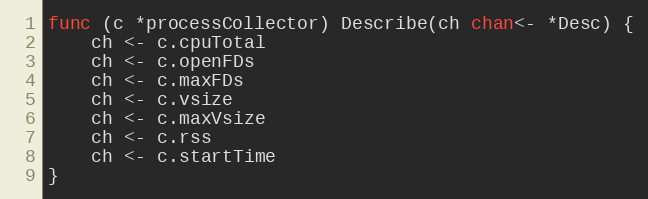
Language: Go
func (c *processCollector) Describe(ch chan<- *Desc) {
	ch <- c.cpuTotal
	ch <- c.openFDs
	ch <- c.maxFDs
	ch <- c.vsize
	ch <- c.maxVsize
	ch <- c.rss
	ch <- c.startTime
}